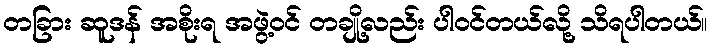
တခြား ဆူဒန် အစိုးရ အဖွဲ့ဝင် တချို့လည်း ပါဝင်တယ်လို့ သိရပါတယ်။